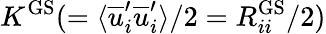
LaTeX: K^{\mathrm{GS}}(=\langle\overline{{u}}_{i}^{\prime}\overline{{u}}_{i}^{\prime}\rangle/2=R_{ii}^{\mathrm{GS}}/2)